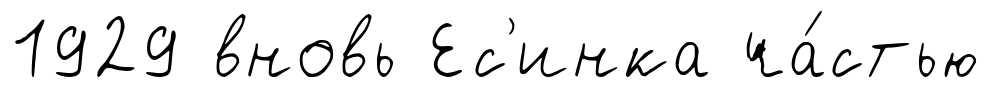
1929 вновь Ес'инка ча́стью